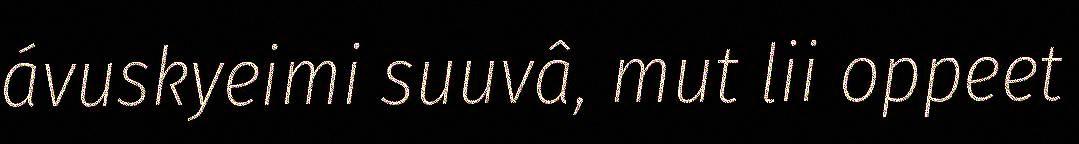
ávuskyeimi suuvâ, mut lii oppeet